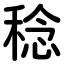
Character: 稔